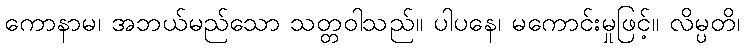
ကောနာမ၊ အဘယ်မည်သော သတ္တဝါသည်။ ပါပနေ၊ မကောင်းမှုဖြင့်။ လိမ္ပတိ၊